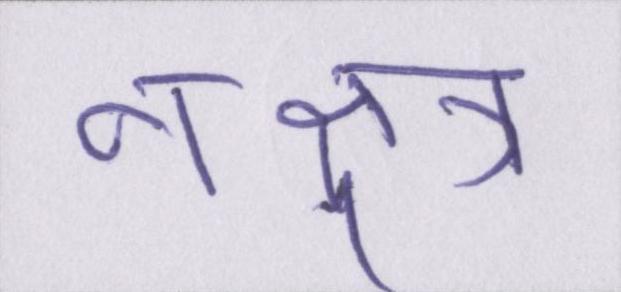
नक्षत्र